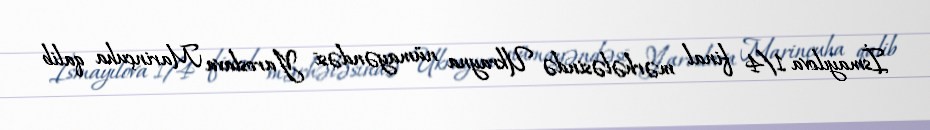
İsmayılova 1/4 final mərhələsində Ukrayna nümayəndəsi Yaroslava Marinçuha qalib